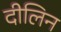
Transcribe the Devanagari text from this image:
दीलिन